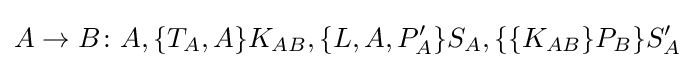
A\to B\colon A,\{T_{A},A\}K_{AB},\{L,A,P'_{A}\}S_{A},\{\{K_{AB}\}P_{B}\}S'_{A}